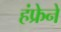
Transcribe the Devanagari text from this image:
हंफ्रेने